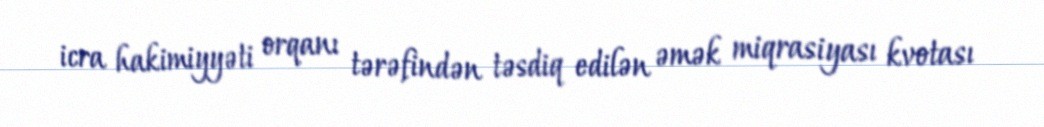
icra hakimiyyəti orqanı tərəfindən təsdiq edilən əmək miqrasiyası kvotası